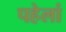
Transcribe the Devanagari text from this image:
पहेलां